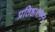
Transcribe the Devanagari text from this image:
प्रतिष्ठाशासन